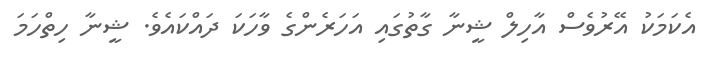
އެކަމަކު އޭރުވެސް އާހިލް ޝީނާ ގާތުގައި އަހަރެންގެ ވާހަކަ ދައްކައެވެ. ޝީނާ ހިތްހަމަ